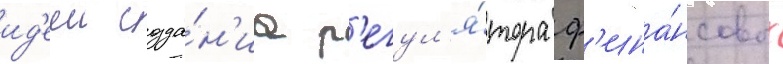
ид'ееи созда́н'иа р'егул'я́тора ф'ина́нсовых